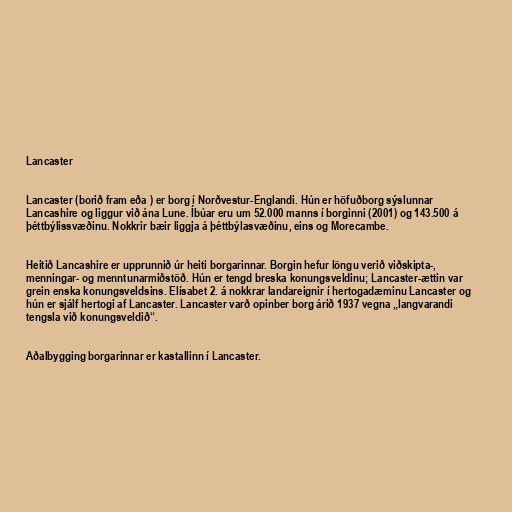
Lancaster

Lancaster (borið fram eða ) er borg í Norðvestur-Englandi. Hún er höfuðborg sýslunnar
Lancashire og liggur við ána Lune. Íbúar eru um 52.000 manns í borginni (2001) og 143.500 á
þéttbýlissvæðinu. Nokkrir bæir liggja á þéttbýlasvæðinu, eins og Morecambe.

Heitið Lancashire er upprunnið úr heiti borgarinnar. Borgin hefur löngu verið viðskipta-,
menningar- og menntunarmiðstöð. Hún er tengd breska konungsveldinu; Lancaster-ættin var
grein enska konungsveldsins. Elísabet 2. á nokkrar landareignir í hertogadæminu Lancaster og
hún er sjálf hertogi af Lancaster. Lancaster varð opinber borg árið 1937 vegna „langvarandi
tengsla við konungsveldið“.

Aðalbygging borgarinnar er kastallinn í Lancaster.